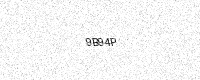
Text: 9B94P